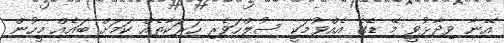
އޭނާ ވިދާޅުވީ މޭ ޑޭގެ އެއްވުމަކީ ސުލްހަވެރި ހަރަކާތެއް ކަމަށް ބައެއް މީހުން